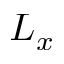
L _ { x }